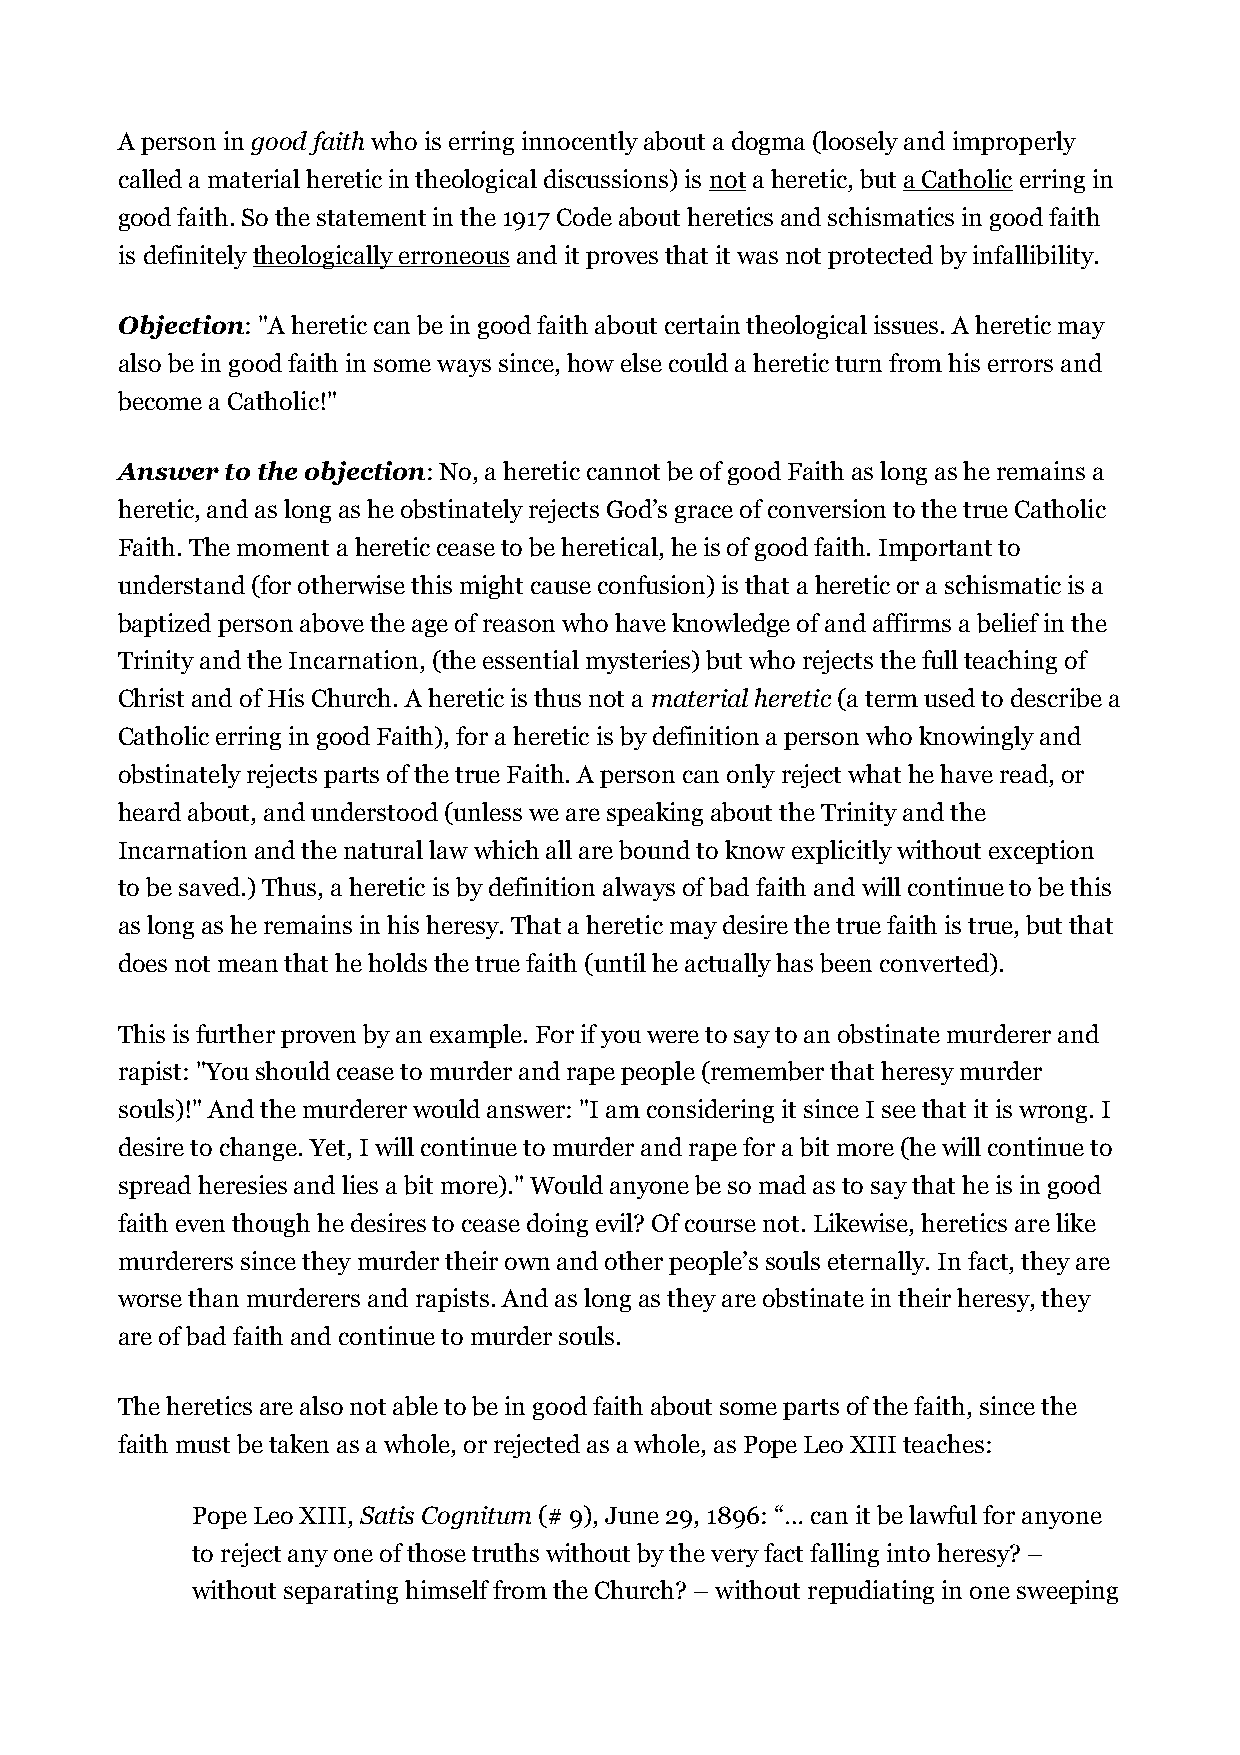
A person in good faith who is erring innocently about a dogma (loosely and improperly
 called a material heretic in theological discussions) is not a heretic, but a Catholic erring in
 good faith. So the statement in the 1917 Code about heretics and schismatics in good faith
 is definitely theologically erroneous and it proves that it was not protected by infallibility.
 Objection: "A heretic can be in good faith about certain theological issues. A heretic may
 also be in good faith in some ways since, how else could a heretic turn from his errors and
 become a Catholic!"
 Answer to the objection: No, a heretic cannot be of good Faith as long as he remains a
 heretic, and as long as he obstinately rejects God’s grace of conversion to the true Catholic
 Faith. The moment a heretic cease to be heretical, he is of good faith. Important to
 understand (for otherwise this might cause confusion) is that a heretic or a schismatic is a
 baptized person above the age of reason who have knowledge of and affirms a belief in the
 Trinity and the Incarnation, (the essential mysteries) but who rejects the full teaching of
 Christ and of His Church. A heretic is thus not a material heretic (a term used to describe a
 Catholic erring in good Faith), for a heretic is by definition a person who knowingly and
 obstinately rejects parts of the true Faith. A person can only reject what he have read, or
 heard about, and understood (unless we are speaking about the Trinity and the
 Incarnation and the natural law which all are bound to know explicitly without exception
 to be saved.) Thus, a heretic is by definition always of bad faith and will continue to be this
 as long as he remains in his heresy. That a heretic may desire the true faith is true, but that
 does not mean that he holds the true faith (until he actually has been converted).
 This is further proven by an example. For if you were to say to an obstinate murderer and
 rapist: "You should cease to murder and rape people (remember that heresy murder
 souls)!" And the murderer would answer: "I am considering it since I see that it is wrong. I
 desire to change. Yet, I will continue to murder and rape for a bit more (he will continue to
 spread heresies and lies a bit more)." Would anyone be so mad as to say that he is in good
 faith even though he desires to cease doing evil? Of course not. Likewise, heretics are like
 murderers since they murder their own and other people’s souls eternally. In fact, they are
 worse than murderers and rapists. And as long as they are obstinate in their heresy, they
 are of bad faith and continue to murder souls.
 The heretics are also not able to be in good faith about some parts of the faith, since the
 faith must be taken as a whole, or rejected as a whole, as Pope Leo XIII teaches:
 Pope Leo XIII, Satis Cognitum (# 9), June 29, 1896: “… can it be lawful for anyone
 to reject any one of those truths without by the very fact falling into heresy? –
 without separating himself from the Church? – without repudiating in one sweeping